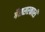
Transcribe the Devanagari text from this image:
गैससरकारी